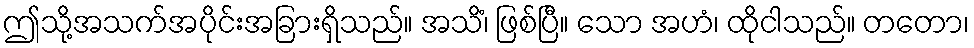
ဤသို့အသက်အပိုင်းအခြားရှိသည်။ အသိံ၊ ဖြစ်ပြီ။ သော အဟံ၊ ထိုငါသည်။ တတော၊